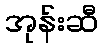
အုန်းဆီ